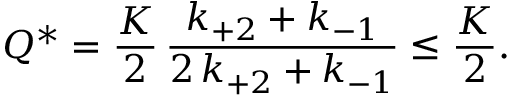
Q ^ { * } = \frac { K } { 2 } \, \frac { k _ { + 2 } + k _ { - 1 } } { 2 \, k _ { + 2 } + k _ { - 1 } } \leq \frac { K } { 2 } .